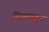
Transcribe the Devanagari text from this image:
दिवसाहून